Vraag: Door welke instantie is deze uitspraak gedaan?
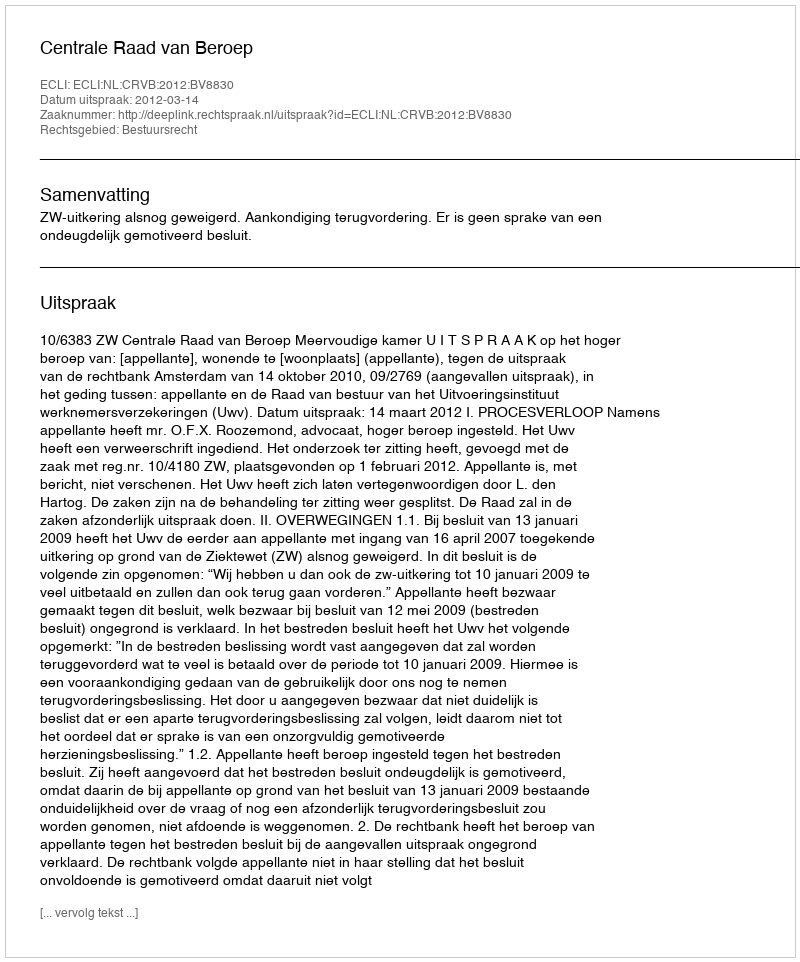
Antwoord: Centrale Raad van Beroep